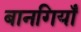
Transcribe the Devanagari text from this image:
बानगियाँ